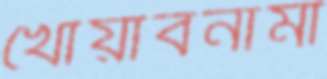
খোয়াবনামা